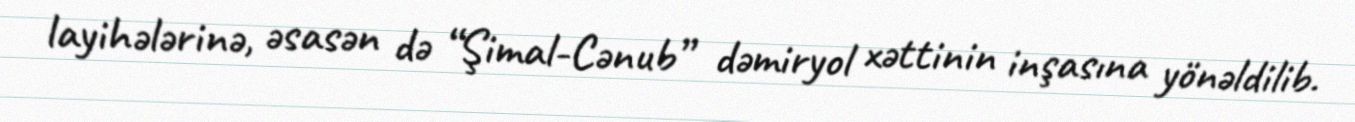
layihələrinə, əsasən də “Şimal-Cənub” dəmiryol xəttinin inşasına yönəldilib.